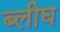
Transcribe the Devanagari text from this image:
ब्लीघ